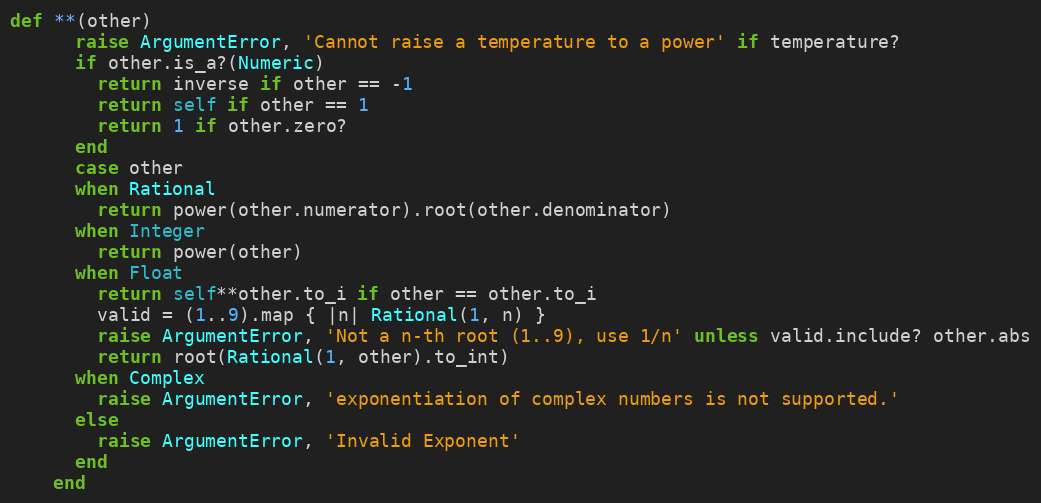
Language: Ruby
def **(other)
      raise ArgumentError, 'Cannot raise a temperature to a power' if temperature?
      if other.is_a?(Numeric)
        return inverse if other == -1
        return self if other == 1
        return 1 if other.zero?
      end
      case other
      when Rational
        return power(other.numerator).root(other.denominator)
      when Integer
        return power(other)
      when Float
        return self**other.to_i if other == other.to_i
        valid = (1..9).map { |n| Rational(1, n) }
        raise ArgumentError, 'Not a n-th root (1..9), use 1/n' unless valid.include? other.abs
        return root(Rational(1, other).to_int)
      when Complex
        raise ArgumentError, 'exponentiation of complex numbers is not supported.'
      else
        raise ArgumentError, 'Invalid Exponent'
      end
    end